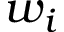
w _ { i }